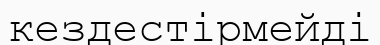
кездестірмейді